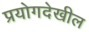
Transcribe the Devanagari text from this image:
प्रयोगदेखील